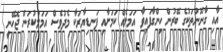
އާއި ގާނޫނުތަކުގެ ބޭރުން ހިންގާފައިވާ އަމަލެއް ކަމަށާއި ފަނޑިޔާރަކާ މެދުވެސް އަމަލުކުރަން ޖެހޭނީ